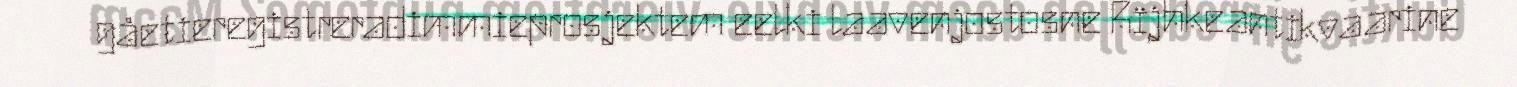
gåetieregistreradimmieprosjektem eelki laavenjostosne Rïjhkeantikvaarine